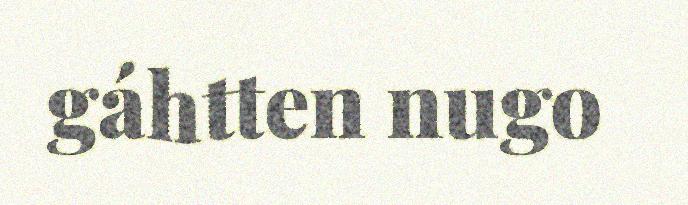
gáhtten nugo